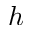
^ Ḋ h Ḍ